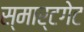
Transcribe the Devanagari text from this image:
स्मार्टगेट